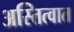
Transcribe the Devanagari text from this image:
अस्तित्‍वात